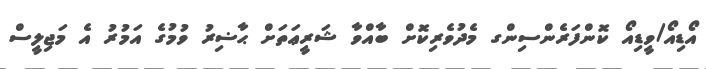
އޯޑިއޯ/ވީޑިއޯ ކޮންފަރެންސިންގ މެދުވެރިކޮށް ބާއްވާ ޝަރީޢަތަށް ޙާޟިރު ވުމުގެ އަމުރު އެ މަޖިލީސް